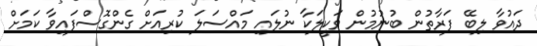
ދައުވާ ލިބޭ ފަރާތުން ބުނުމުން ވަކީލަކާ ނުލައި މައްސަލަ ކުރިއަށް ގެންގޮސްފައިވާ ކަމަށް